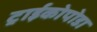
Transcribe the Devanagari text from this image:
ट्राईकोपोडा